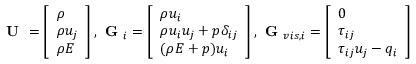
\textbf { U } = \left[ \begin{array} { l } { \rho } \\ { \rho u _ { j } } \\ { \rho E } \end{array} \right] , \textbf { G } _ { i } = \left[ \begin{array} { l } { \rho u _ { i } } \\ { \rho u _ { i } u _ { j } + p \delta _ { i j } } \\ { ( \rho E + p ) u _ { i } } \end{array} \right] , \textbf { G } _ { v i s , i } = \left[ \begin{array} { l } { 0 } \\ { \tau _ { i j } } \\ { \tau _ { i j } u _ { j } - q _ { i } } \end{array} \right]